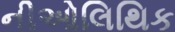
નીઓલિથિક